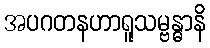
အပဂတနဟာရူသမ္ဗန္ဓာနိ